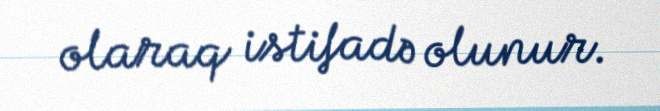
olaraq istifadə olunur.